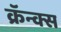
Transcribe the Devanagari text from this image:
क्रॅन्क्स